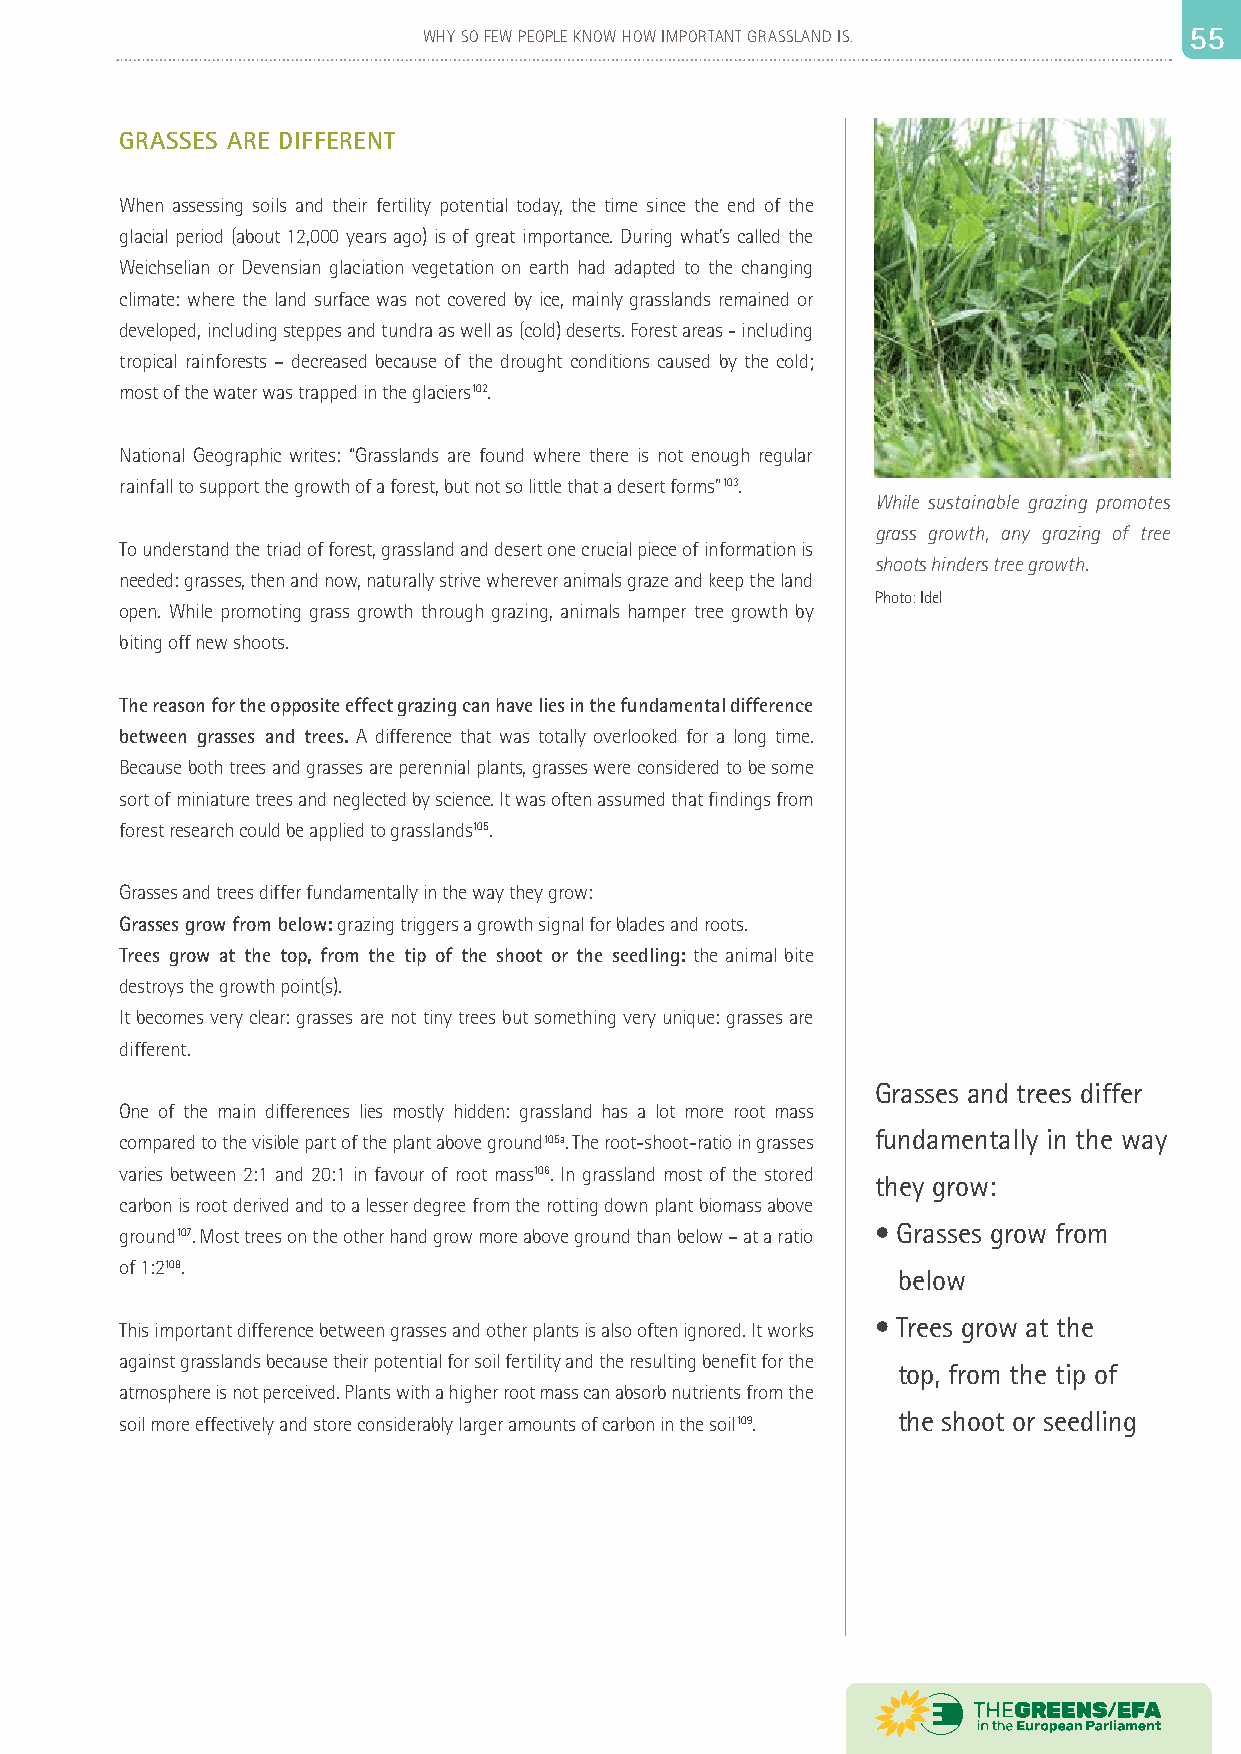
54                          WHY SO FEW PEOPLE KNOW HOW IMPORTANT GRASSLAND IS. 55 55
 GRASSES ARE DIFFERENT
 When assessing soils and their fertility potential today, the time since the end of the
 glacial period (about 12,000 years ago) is of great importance. During what’s called the
 Weichselian or Devensian glaciation vegetation on earth had adapted to the changing
 climate: where the land surface was not covered by ice, mainly grasslands remained or
 developed, including steppes and tundra as well as (cold) deserts. Forest areas - including
 tropical rainforests – decreased because of the drought conditions caused by the cold;
 most of the water was trapped in the glaciers102.
 National Geographic writes: “Grasslands are found where there is not enough regular
 rainfall to support the growth of a forest, but not so little that a desert forms”103.
 While sustainable grazing promotes
 grass growth, any grazing of tree
 To understand the triad of forest, grassland and desert one crucial piece of information is
 shoots hinders tree growth.
 needed: grasses, then and now, naturally strive wherever animals graze and keep the land
 Photo: Idel
 open. While promoting grass growth through grazing, animals hamper tree growth by
 biting off new shoots.
 The reason for the opposite effect grazing can have lies in the fundamental difference
 between grasses and trees. A difference that was totally overlooked for a long time.
 Because both trees and grasses are perennial plants, grasses were considered to be some
 sort of miniature trees and neglected by science. It was often assumed that findings from
 forest research could be applied to grasslands105.
 Grasses and trees differ fundamentally in the way they grow:
 Grasses grow from below: grazing triggers a growth signal for blades and roots.
 Trees grow at the top, from the tip of the shoot or the seedling: the animal bite
 destroys the growth point(s).
 It becomes very clear: grasses are not tiny trees but something very unique: grasses are
 different.
 Grasses and trees differ
 One of the main differences lies mostly hidden: grassland has a lot more root mass
 compared to the visible part of the plant above ground105a. The root-shoot-ratio in grasses fundamentally in the way
 varies between 2:1 and 20:1 in favour of root mass106. In grassland most of the stored
 they grow:
 carbon is root derived and to a lesser degree from the rotting down plant biomass above
 ground107. Most trees on the other hand grow more above ground than below – at a ratio • Grasses grow from
 of 1:2108.
 below
 • Trees grow at the
 This important difference between grasses and other plants is also often ignored. It works
 against grasslands because their potential for soil fertility and the resulting benefit for the
 top, from the tip of
 atmosphere is not perceived. Plants with a higher root mass can absorb nutrients from the
 soil more effectively and store considerably larger amounts of carbon in the soil109. the shoot or seedling